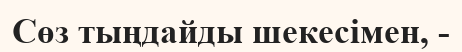
Сөз тыңдайды шекесімен, -